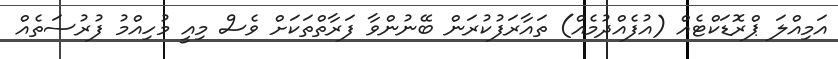
އަމިއްލަ ޕްރޮޑަކްޓެއް (އުފެއްދުމެއް) ތައާރަފުކުރަން ބޭނުންވާ ފަރާތްތަކަށް ވެސް މިއީ މުހިއްމު ފުރުސަތެއް